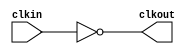
module bw_clk_gclk_inv_r90_192x (
    clkout,
    clkin );
    output clkout;
    input  clkin;
    assign clkout = ~( clkin );
endmodule